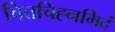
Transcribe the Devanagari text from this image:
चित्तचिह्नमिदं